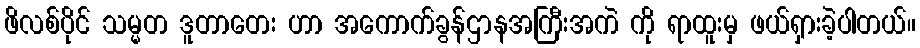
ဖိလစ်ပိုင် သမ္မတ ဒူတာတေး ဟာ အကောက်ခွန်ဌာနအကြီးအကဲ ကို ရာထူးမှ ဖယ်ရှားခဲ့ပါတယ်။